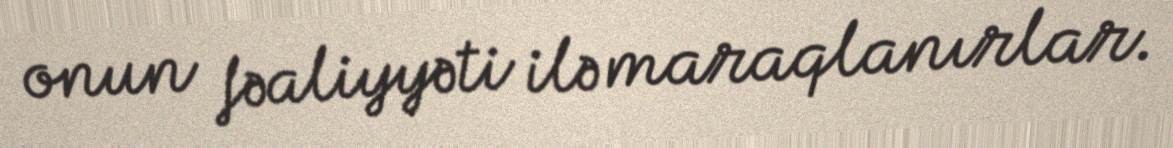
onun fəaliyyəti ilə maraqlanırlar.